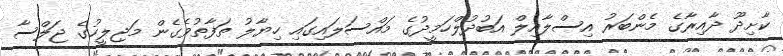
ކާށިދޫ ދާއިރާގެ މެންބަރު އިސްލާއިލް އަބުދުލްހަމީދުގެ މައްސަލައިގައި ހިޔާލު ތަފާތުވެގެން މަޖިލީހުގެ ޖަލްސާ